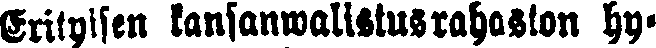
Erityisen kansanwalistusrahaston hy-